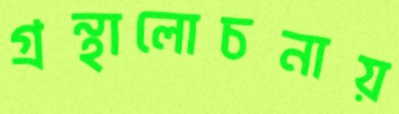
গ্রন্থালোচনায়